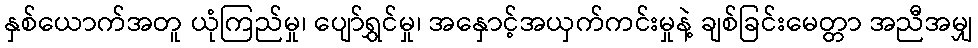
နှစ်ယောက်အတူ ယုံကြည်မှု၊ ပျော်ရွှင်မှု၊ အနှောင့်အယှက်ကင်းမှုနဲ့ ချစ်ခြင်းမေတ္တာ အညီအမျှ